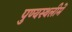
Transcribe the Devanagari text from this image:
पुण्‍यस्‍थलीमें